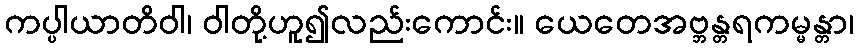
ကပ္ပါယာတိဝါ၊ ဝါတို့ဟူ၍လည်းကောင်း။ ယေတေအဗ္ဘန္တရကမ္မန္တာ၊